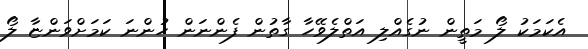
އެކަމަކު ލޯ މަތީން ނުގެއްލި އަތްލެވޭހާ ގާތުން ފެންނަން ހުންނަ ކަމަށްވަންޏާ ލޯ